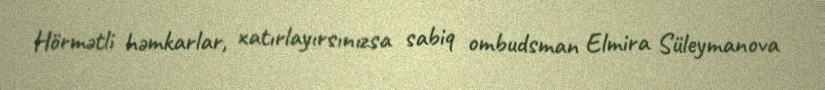
Hörmətli həmkarlar, xatırlayırsınızsa sabiq ombudsman Elmira Süleymanova